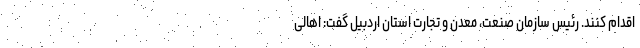
اقدام کنند. رئیس سازمان صنعت، معدن و تجارت استان اردبیل گفت: اهالی